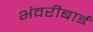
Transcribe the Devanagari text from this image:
भंवरीबाई